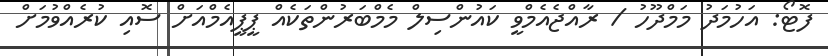
ފޮޓޯ: އަހުމަދު މަމްދޫހު / ރާއްޖެއެމްވީ ކައުންސިލް މެމްބަރުންތަކެއް ޕީޕީއެމްއަށް ސޮއި ކުރެއްވުމަށް